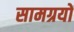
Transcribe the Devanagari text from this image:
सामग्रयों